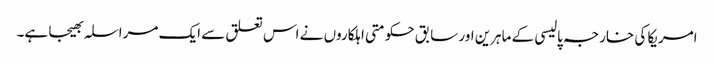
امریکا کی خارجہ پالیسی کے ماہرین اور سابق حکومتی اہلکاروں نے اس تعلق سے ایک مراسلہ بھیجا ہے۔